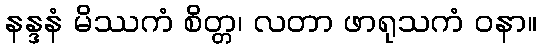
နန္ဒနံ မိဿကံ စိတ္တ၊ လတာ ဖာရုသကံ ဝနာ။